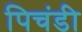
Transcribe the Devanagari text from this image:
पिचंडी